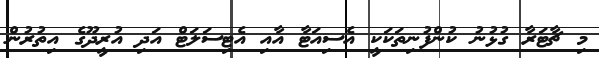
މި ޗާޓަރާ ގުޅުނު ކުންފުނިތަކަކީ އެސިއަޓާ އާއި އެޓިސަލަޓް އަދި އުރީދޫގެ އިތުރުން